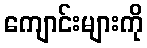
ကျောင်းများကို